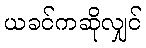
ယခင်ကဆိုလျှင်